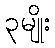
၃မျိုး